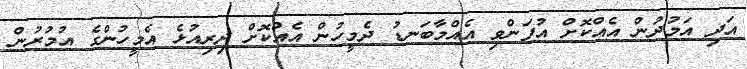
އަދި އަމުދުން އެއްކޮށް އުފަންވި އެއްމާބަނޑު ދެމީހުން އެއްކޮށް ދިރިއުޅެ އެމީހުންގެ އުމުރުން